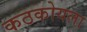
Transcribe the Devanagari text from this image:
कठकोयला